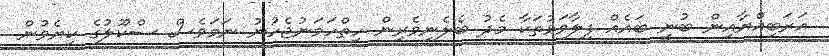
އަރަބިއްޔާއިން ބުނީ ބައެއް ފިލާވަޅުތަކާ މެދު ބެލެނިވެރިން ހިތްހަމަނުޖެހުނު ނަމަވެސް ސްކޫލުގެ ކިޔެވުން